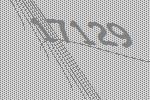
17129